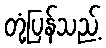
တုံ့ပြန်သည့်